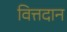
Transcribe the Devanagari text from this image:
वित्तदान